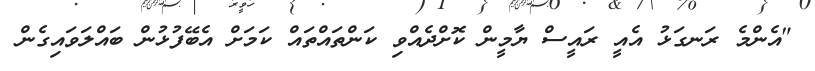
"އެންމެ ރަނގަޅު އެއީ ރައީސް ޔާމީން ކޮށްދެއްވި ކަންތައްތައް ކަމަށް އެބޭފުޅުން ބައްލަވައިގެން